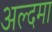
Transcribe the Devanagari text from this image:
अल्दमा